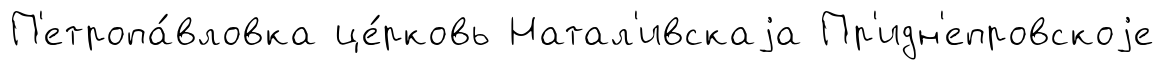
П'етропа́вловка це́рковь Натал'ивскаjа Пр'идн'епровскоjе